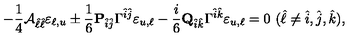
- { \frac { 1 } { 4 } } { \cal A } _ { \hat { \ell } \hat { \ell } } \varepsilon _ { \ell , u } \pm { \frac { 1 } { 6 } } { \bf P } _ { \hat { i } \hat { j } } \Gamma ^ { \hat { i } \hat { j } } \varepsilon _ { u , \ell } - { \frac { i } { 6 } } { \bf Q } _ { \hat { i } \hat { k } } \Gamma ^ { \hat { i } \hat { k } } \varepsilon _ { u , \ell } = 0 \ ( \hat { \ell } \neq \hat { i } , \hat { j } , \hat { k } ) ,